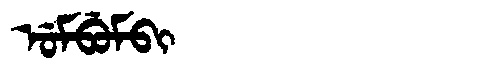
Manchu: ᡠᠮᠪᡠᠮᠪᡳ
Romanization: UMBUMBI